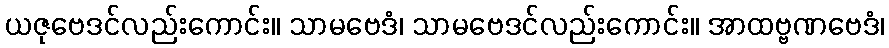
ယဇုဗေဒင်လည်းကောင်း။ သာမဗေဒံ၊ သာမဗေဒင်လည်းကောင်း။ အာထဗ္ဗဏဗေဒံ၊